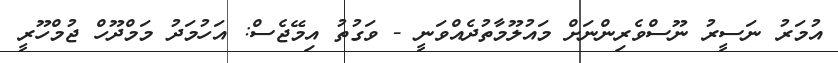
އުމަރު ނަސީރު ނޫސްވެރިންނަށް މައުލޫމާތުދެއްވަނީ - ވަގުތު އިމޭޖެސް: އަހުމަދު މަމްދޫހް ޖުމްހޫރީ